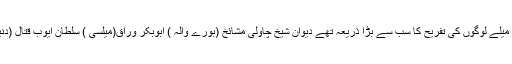
اخوت محبت اور دوستی کے پروان کے لیے دوست آپس میں پگڑیاں تبدیل کرتے سالانے میلے لوگوں کی تفریح کا سب سے بڑا ذریعہ تھے دیوان شیخ چاولی مشائخ (بورے والہ ) ابوبکر وراق(میلسی ) سلطان ایوب قتال (دنیا پور)پیرجیون سلطان (کہڑوڑ پکا ) کے میلے اب بھی عوام کی دلچسپی کے مراکز ہیں ۔